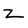
Character: Z